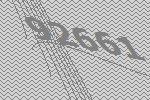
92661